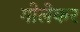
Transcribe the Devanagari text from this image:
गोलेकर